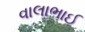
વાલાભાઈ